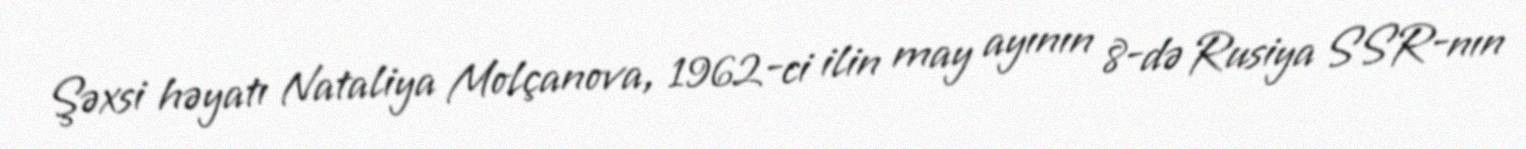
Şəxsi həyatı Nataliya Molçanova, 1962-ci ilin may ayının 8-də Rusiya SSR-nın